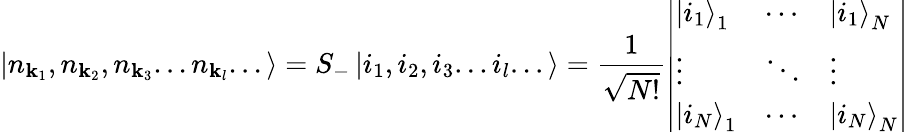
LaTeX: \left|n_{\mathbf{k}_{1}},n_{\mathbf{k}_{2}},n_{\mathbf{k}_{3}}...n_{\mathbf{k}_{l}}...\right\rangle=S_{-}\left|i_{1},i_{2},i_{3}...i_{l}...\right\rangle={\frac{1}{\sqrt{N!}}}{\left|\begin{array}{lll}{\left|i_{1}\right\rangle_{1}}&{\cdots}&{\left|i_{1}\right\rangle_{N}}\\ {\vdots}&{\ddots}&{\vdots}\\ {\left|i_{N}\right\rangle_{1}}&{\cdots}&{\left|i_{N}\right\rangle_{N}}\end{array}\right|}